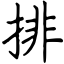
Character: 排